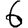
Digit: 6